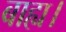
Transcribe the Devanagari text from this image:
बाह्य।